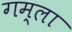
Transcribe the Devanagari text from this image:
गम्ला